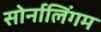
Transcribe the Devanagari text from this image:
सोर्नालिंगम